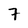
Character: 7